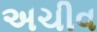
અચીવ